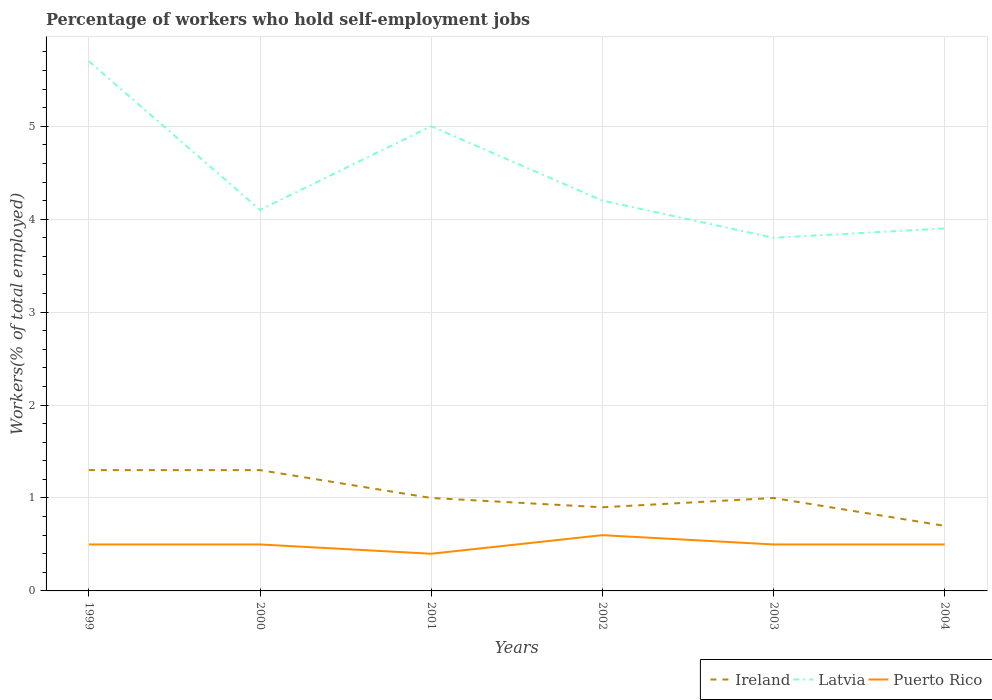
| Years | Ireland | Latvia | Puerto Rico |
 | --- | --- | --- | --- |
 | 1999 | 1.3 | 5.7 | 0.5 |
 | 2000 | 1.3 | 4.1 | 0.5 |
 | 2001 | 1 | 5 | 0.4 |
 | 2002 | 0.9 | 4.2 | 0.6 |
 | 2003 | 1 | 3.8 | 0.5 |
 | 2004 | 0.7 | 3.9 | 0.5 |